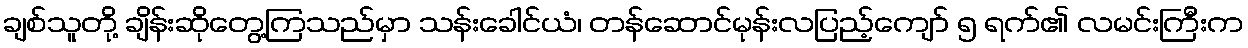
ချစ်သူတို့ ချိန်းဆိုတွေ့ကြသည်မှာ သန်းခေါင်ယံ၊ တန်ဆောင်မုန်းလပြည့်ကျော် ၅ ရက်၏ လမင်းကြီးက